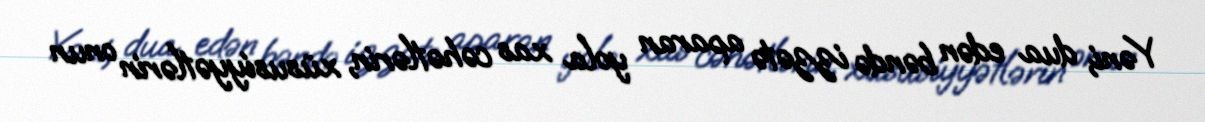
Yəni, dua edən bəndə izzətə aparan yola xas cəhətlərin, xüsusiyyətlərin onun